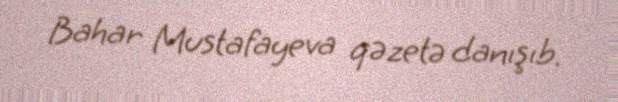
Bahar Mustafayeva qəzetə danışıb.